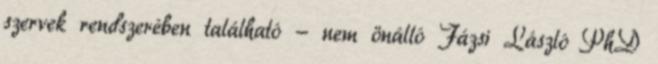
szervek rendszerében található - nem önálló Fázsi László PhD